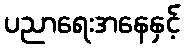
ပညာရေးအနေနှင့်